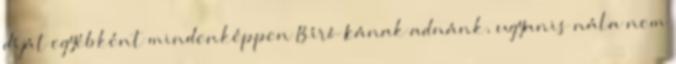
díját egyébként mindenképpen Bíró Icának adnánk, ugyanis nála nem